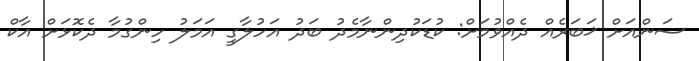
ސަންއަށް ޚަބަރެއް ދެއްވުމަށް: ކުޑަކުދިންނާމެދު ބަދު އަހުލާގީ އަމަލު ހިންގުމާ ދެކޮޅަށް އާކް